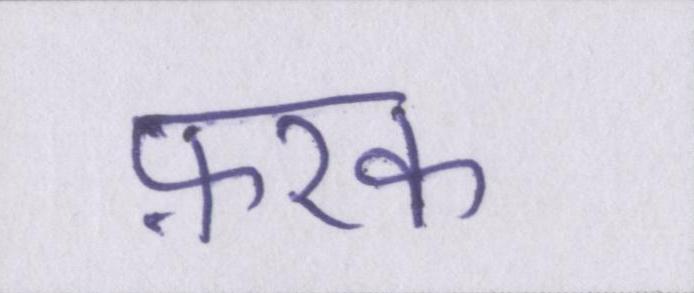
फ़रक